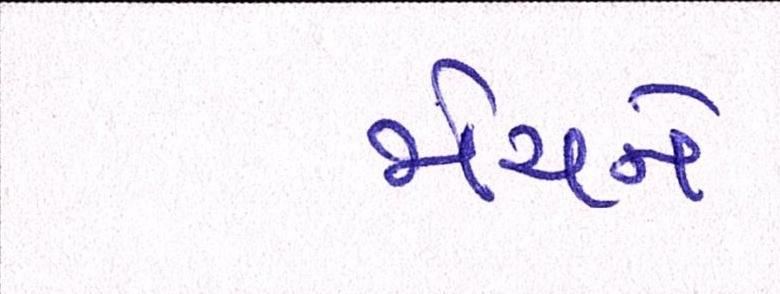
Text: મેચને